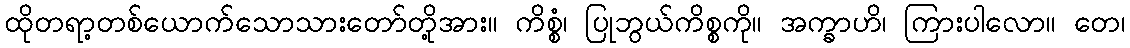
ထိုတရာ့တစ်ယောက်သောသားတော်တို့အား။ ကိစ္စံ၊ ပြုဘွယ်ကိစ္စကို။ အက္ခာဟိ၊ ကြားပါလော။ တေ၊